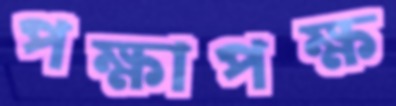
পক্ষাপক্ষ